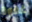
غفوة